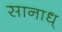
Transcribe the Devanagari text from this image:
सानाध्